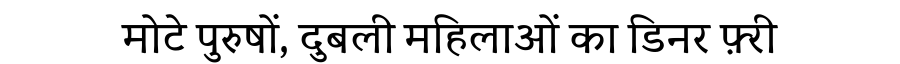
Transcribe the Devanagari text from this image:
मोटे पुरुषों, दुबली महिलाओं का डिनर फ़्री